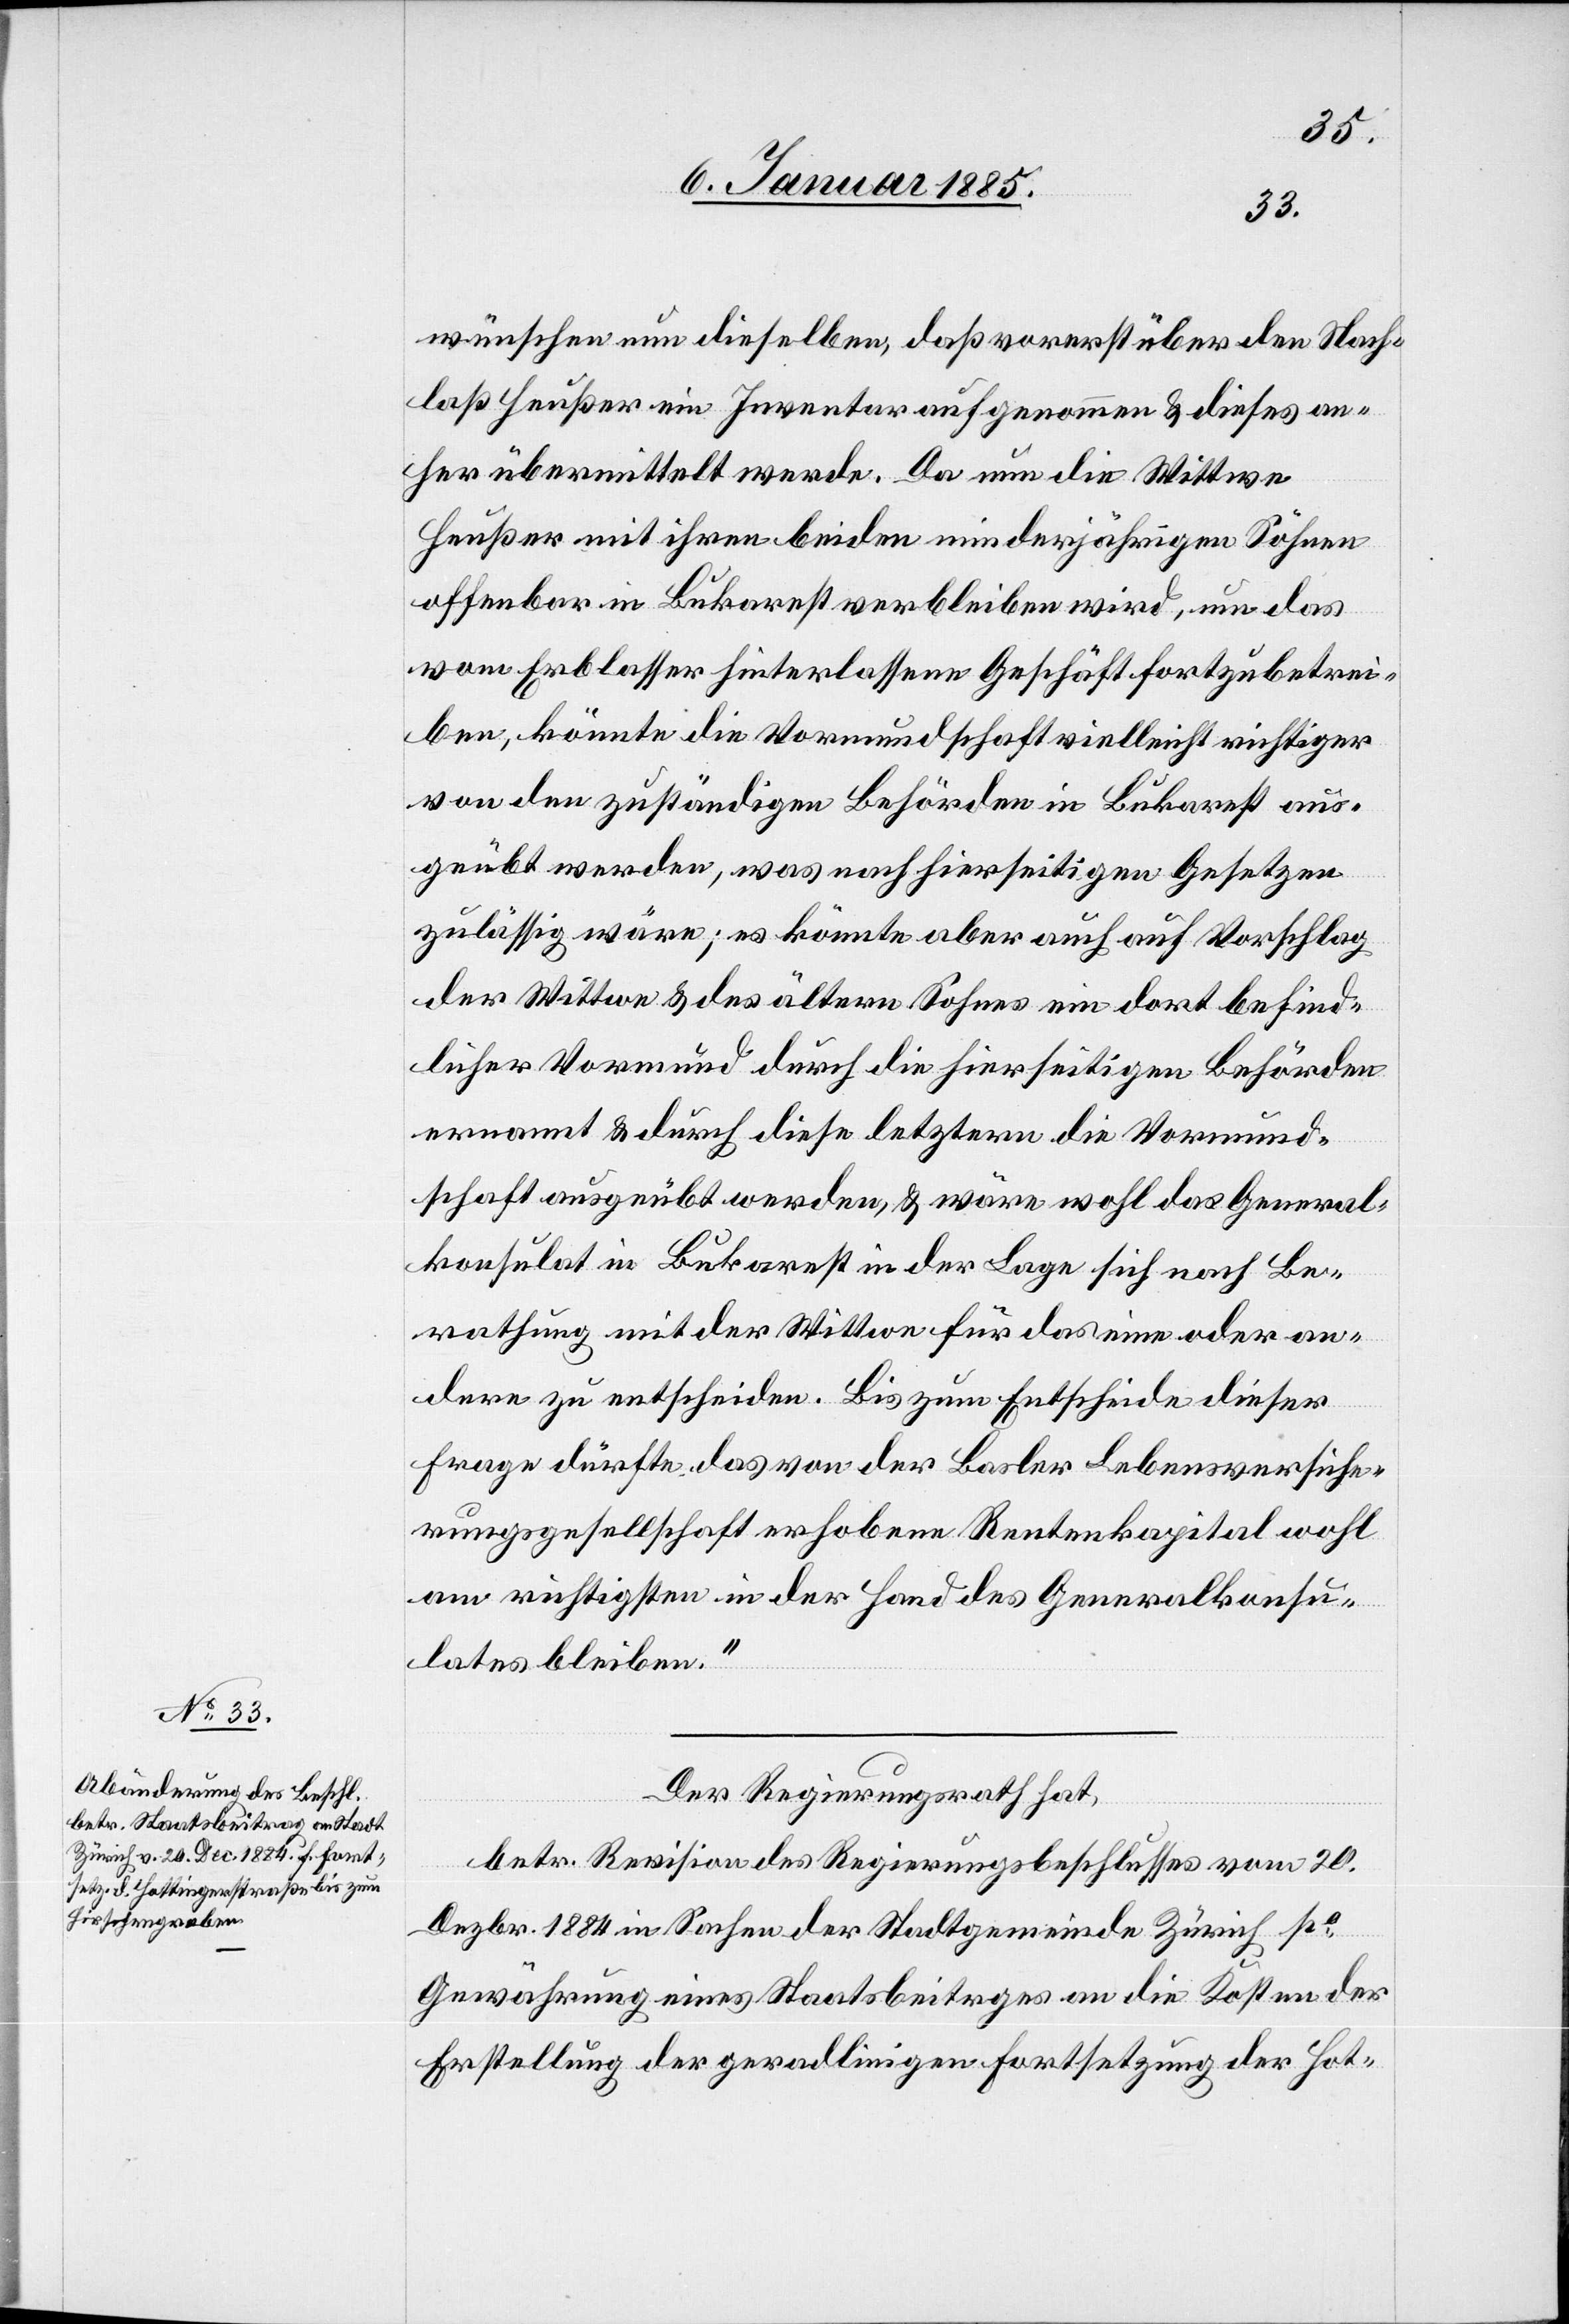
wünschen nun dieselben, daß vorerst über den Nach¬
laß Heußer ein Inventar aufgenommen & dieses an¬
her übermittelt werde. Da nun die Wittwe
Heußer mit ihren beiden minderjährigen Söhnen
offenbar in Bukarest verbleiben wird, um das
vom Erblasser hinterlassene Geschäft fortzubetrei¬
ben, könne die Vormundschaft vielleicht richtiger
von den zuständigen Behörden in Bukarest aus¬
geübt werden, was nach hierseitigen Gesetzen
zulässig wäre; es könnte aber auch auf Vorschlag
der Wittwe & des ältern Sohnes ein dort befind¬
licher Vormund durch die hierseitigen Behörden
ernannt & durch diese letztern die Vormund¬
schaft ausgeübt werden, & wäre wohl das General¬
konsulat in Bukarest in der Lage sich nach Be¬
rathung mit der Wittwe für das eine oder an¬
dere zu entscheiden. Bis zum Entscheide dieser
Frage dürfte das von der Basler Lebensversiche¬
rungsgesellschaft erhobene Rentenkapital wohl
am richtigsten in der Hand des Generalkonsu¬
lates bleiben.